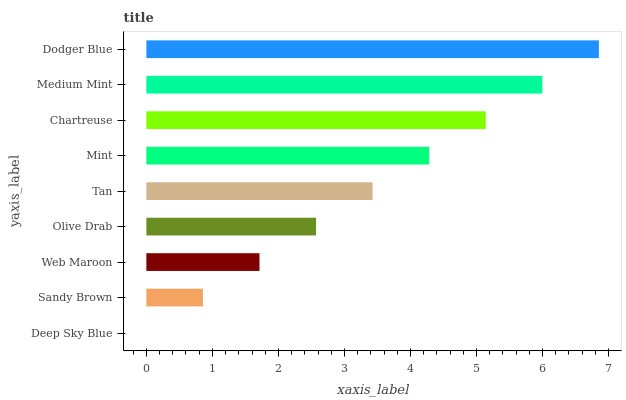
| yaxis_label | bars |
 | --- | --- |
 | Deep Sky Blue | 0 |
 | Sandy Brown | 0.857 |
 | Web Maroon | 1.71 |
 | Olive Drab | 2.57 |
 | Tan | 3.43 |
 | Mint | 4.28 |
 | Chartreuse | 5.14 |
 | Medium Mint | 6 |
 | Dodger Blue | 6.85 |